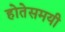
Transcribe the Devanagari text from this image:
होतेसमयी